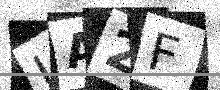
Text: UA2F